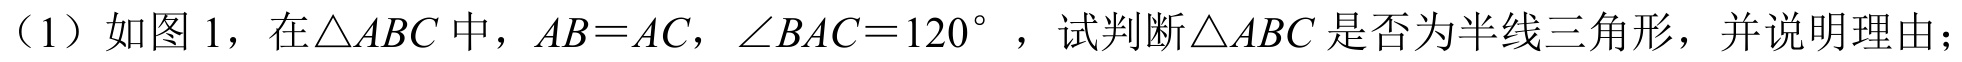
（1）如图 1，在\(\triangle ABC\)中，\(AB = AC\)，\(\angle BAC = 120^{\circ}\)，试判断\(\triangle ABC\)是否为半线三角形，并说明理由；